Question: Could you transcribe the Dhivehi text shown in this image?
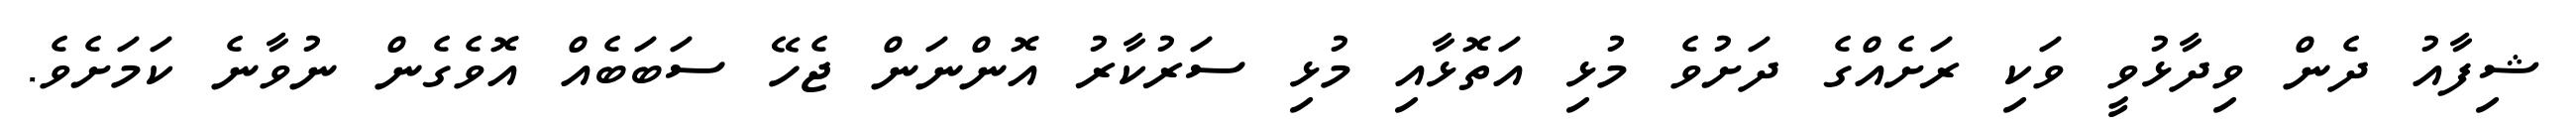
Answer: ޝިފާއު ދެން ވިދާޅުވީ ވަކި ރަށެއްގެ ދަށުވެ މުޅި އަތޮޅާއި މުޅި ސަރުކާރު އޮންނަން ޖެހޭ ސަބަބެއް އޮވެގެން ނުވާނެ ކަމަށެވެ.